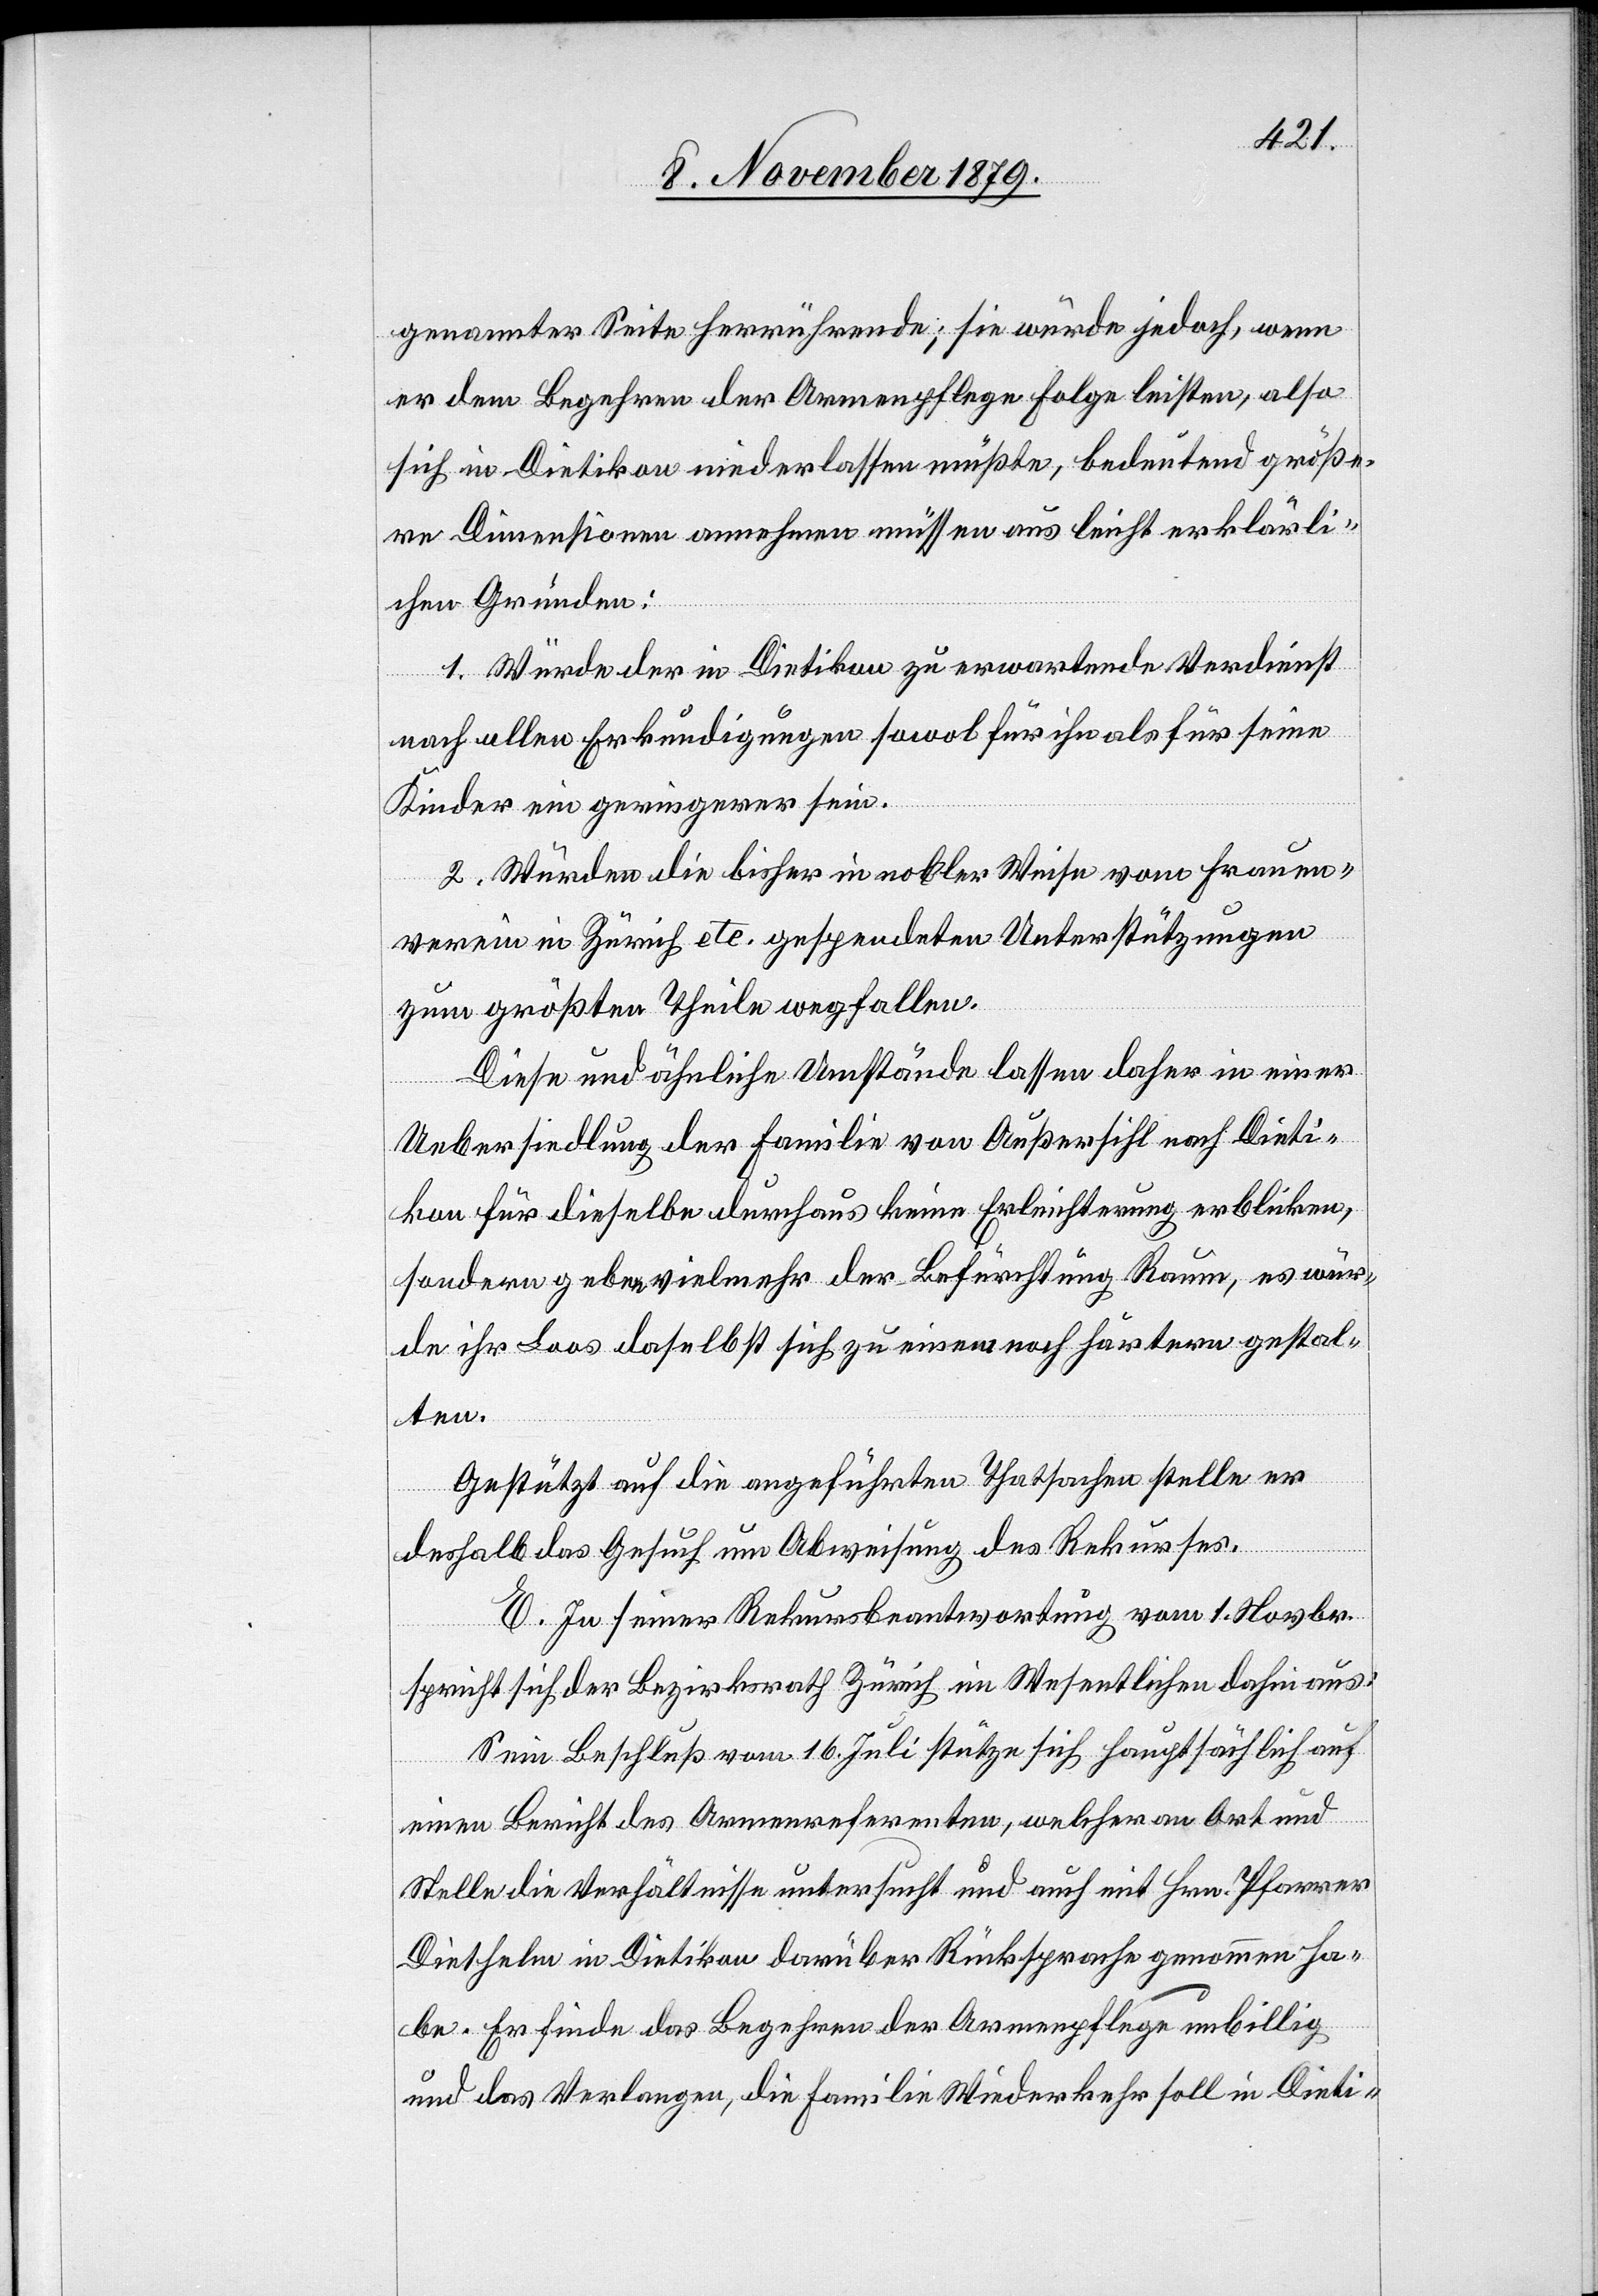
genannter Seite herrührende; Sie würde jedoch, wenn
er dem Begehren der Armenpflege Folge leisten, also
sich in Dietikon niederlassen müßte, bedeutend größe¬
re Dimensionen annehmen müssen aus leicht erklärt¬
en Gründen:
1. Würde der in Dietikon zu erwartende Verdienst
nach allen Erkundigungen sowol für ihn als für seine
Kinder ein geringerer sein.
2. Würden die bisher in nobler Weise vom Frauen¬
verein in Zürich etc. gespendeten Unterstützungen
zum größten Theile wegfallen:
Diese und ähnliche Umstände lassen daher in einer
Uebersiedlung der Familie von Außersihl nach Dieti¬
kon für dieselbe durchaus keine Erleichterung erblicken,
sondern geben vielmehr der Befürchtung Raum, es wür¬
de ihr Loos daselbst sich zu einem noch härtern gestal¬
ten.
Gestützt auf die angeführten Thatsachen stelle er
deshalb das Gesuch um Abweisung des Rekurses.
E. In seiner Rekursbeantwortung vom 1. Novbr.
spricht sich der Bezirksrath Zürich im Wesentlichen dahin aus:
Sein Beschluß vom 16. Juli stütze sich hauptsächlich auf
einen Bericht des Armenreferenten, welcher an Ort und
Stelle die Verhältnisse untersucht und auch mit Hrn. Pfarrer
Diethelm in Dietikon darüber Rücksprache genommen ha¬
be. Er finde das Begehren der Armenpflege unbillig
und das Verlangen, die Familie Wiederkehr soll in Dieti-